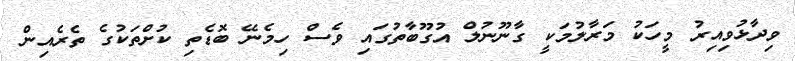
ވިދާޅުވިއިރު މީހަކު މަރާލުމަކީ ގާނޫނުލް އުގޫބާތުގައި ވެސް ހިމެނޭ ބޮޑެތި ކުށްތަކުގެ ތެރެއިން